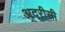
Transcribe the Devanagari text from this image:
अदरीसी